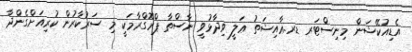
އެޑިއުކޭޝަން މިނިސްޓަރ ޑރ.ޢާއިޝަތު ޢަލީ ވިދާޅުވީ ނާސްތާ ޕްރޮގްރާމަކީ މި ސަރުކާރުން ކުރިއަށްގެންދާ